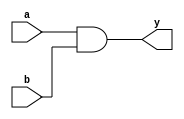
module dut (
    input wire a,
    input wire b,
    output reg y
);
    always @(*) begin
        y = a & b; // Simple AND operation
    end
endmodule